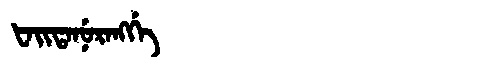
Manchu: ᡶᠠᡳᡨᠠᠨᡠᡵᠠᠩᡤᡝ
Romanization: FAITANURANGGE